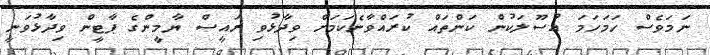
ނަމަވެސް ހަމަހަމަ އުސޫލަކުން ކަންތައް ކުރައްވާނެކަމަށް ވިދާޅުވި ރައީސް ޔާމީންގެ ޕާޓީން ވިދާޅުވަނީ